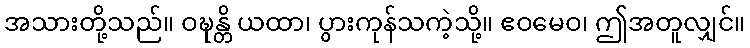
အသားတို့သည်။ ဝဍ္ဎန္တိ ယထာ၊ ပွားကုန်သကဲ့သို့။ ဧဝမေဝ၊ ဤအတူလျှင်။